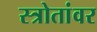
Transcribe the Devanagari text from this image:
स्त्रोतांवर